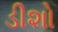
ડીશો